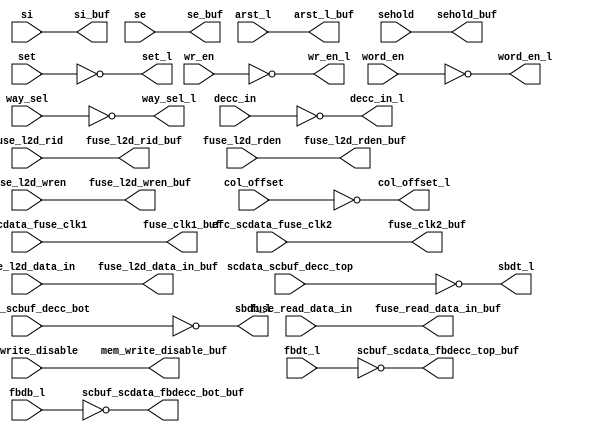
// ========== Copyright Header Begin ==========================================
// 
// OpenSPARC T1 Processor File: bw_r_l2d_rep_bot.v
// Copyright (c) 2006 Sun Microsystems, Inc.  All Rights Reserved.
// DO NOT ALTER OR REMOVE COPYRIGHT NOTICES.
// 
// The above named program is free software; you can redistribute it and/or
// modify it under the terms of the GNU General Public
// License version 2 as published by the Free Software Foundation.
// 
// The above named program is distributed in the hope that it will be 
// useful, but WITHOUT ANY WARRANTY; without even the implied warranty of
// MERCHANTABILITY or FITNESS FOR A PARTICULAR PURPOSE.  See the GNU
// General Public License for more details.
// 
// You should have received a copy of the GNU General Public
// License along with this work; if not, write to the Free Software
// Foundation, Inc., 51 Franklin St, Fifth Floor, Boston, MA 02110-1301, USA.
// 
// ========== Copyright Header End ============================================
module bw_r_l2d_rep_bot (/*AUTOARG*/
   // Outputs
   fuse_l2d_rden_buf, fuse_l2d_wren_buf, si_buf, arst_l_buf, se_buf, 
   sehold_buf, fuse_l2d_rid_buf, fuse_read_data_in_buf, 
   fuse_l2d_data_in_buf, word_en_l, col_offset_l, set_l, wr_en_l, 
   way_sel_l, decc_in_l, scbuf_scdata_fbdecc_top_buf, 
   scbuf_scdata_fbdecc_bot_buf, sbdt_l, sbdb_l, fuse_clk1_buf, 
   fuse_clk2_buf, mem_write_disable_buf, 
   // Inputs
   fuse_l2d_rden, fuse_l2d_wren, si, arst_l, se, sehold, 
   fuse_l2d_rid, fuse_read_data_in, fuse_l2d_data_in, word_en, 
   col_offset, set, wr_en, way_sel, decc_in, fbdt_l, fbdb_l, 
   scdata_scbuf_decc_top, scdata_scbuf_decc_bot, 
   efc_scdata_fuse_clk1, efc_scdata_fuse_clk2, mem_write_disable
   );

   input           fuse_l2d_rden;
   input [5:0] 	   fuse_l2d_wren;
   input 	   si;
   input 	   arst_l;
   input 	   se;
   input 	   sehold;
   input [2:0] 	   fuse_l2d_rid;
   input 	   fuse_read_data_in;
   input 	   fuse_l2d_data_in;
   input [3:0] 	   word_en;
   input 	   col_offset;
   input [9:0] 	   set;
   input 	   wr_en;
   input [11:0]	   way_sel;
   input [155:0]   decc_in;
   input [155:0]   fbdt_l;
   input [155:0]   fbdb_l;
   input [155:0]   scdata_scbuf_decc_top;
   input [155:0]   scdata_scbuf_decc_bot;
   input 	   efc_scdata_fuse_clk1;
   input 	   efc_scdata_fuse_clk2;
   input 	   mem_write_disable;

   output 	   fuse_l2d_rden_buf;
   output [5:0]    fuse_l2d_wren_buf;
   output 	   si_buf;
   output 	   arst_l_buf;
   output 	   se_buf;
   output 	   sehold_buf;
   output [2:0]    fuse_l2d_rid_buf;
   output 	   fuse_read_data_in_buf;
   output 	   fuse_l2d_data_in_buf;
   output [3:0]    word_en_l;
   output 	   col_offset_l;
   output [9:0]    set_l;
   output 	   wr_en_l;
   output [11:0]   way_sel_l;
   output [155:0]  decc_in_l;
   output [155:0]  scbuf_scdata_fbdecc_top_buf;
   output [155:0]  scbuf_scdata_fbdecc_bot_buf;
   output [155:0]  sbdt_l;
   output [155:0]  sbdb_l;
   output 	   fuse_clk1_buf;
   output 	   fuse_clk2_buf;
   output 	   mem_write_disable_buf;
   
   ///////////////////////////////////////////////////////////////////////
   // Non-inverting Buffers
   ///////////////////////////////////////////////////////////////////////
   assign fuse_l2d_rden_buf = fuse_l2d_rden;
   assign fuse_l2d_wren_buf[5:0] = fuse_l2d_wren[5:0];
   assign si_buf = si;
   assign arst_l_buf = arst_l;
   assign se_buf = se;
   assign sehold_buf = sehold;
   assign fuse_l2d_rid_buf[2:0] = fuse_l2d_rid[2:0];
   assign fuse_read_data_in_buf = fuse_read_data_in;
   assign fuse_l2d_data_in_buf = fuse_l2d_data_in;
   assign fuse_clk1_buf = efc_scdata_fuse_clk1;
   assign fuse_clk2_buf = efc_scdata_fuse_clk2;
   assign mem_write_disable_buf = mem_write_disable;
   
   ///////////////////////////////////////////////////////////////////////
   // Inverting Buffers
   ///////////////////////////////////////////////////////////////////////
   assign word_en_l[3:0] = ~word_en[3:0];
   assign col_offset_l = ~col_offset;
   assign set_l[9:0] = ~set[9:0];
   assign wr_en_l = ~wr_en;
   assign way_sel_l = ~way_sel;
   assign decc_in_l[155:0] = ~decc_in[155:0];
   assign scbuf_scdata_fbdecc_top_buf[155:0] = ~fbdt_l[155:0];
   assign scbuf_scdata_fbdecc_bot_buf[155:0] = ~fbdb_l[155:0];
   assign sbdt_l[155:0] = ~scdata_scbuf_decc_top[155:0];
   assign sbdb_l[155:0] = ~scdata_scbuf_decc_bot[155:0];

endmodule // bw_r_l2d_rep_bot